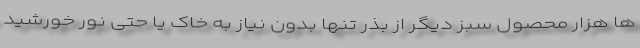
ها هزار محصول سبز دیگر از بذر تنها بدون نیاز به خاک یا حتی نور خورشید